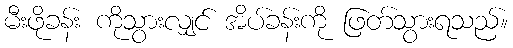
မီးဖိုခန်း ကိုသွားလျှင် အိပ်ခန်းကို ဖြတ်သွားရသည်။